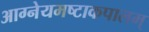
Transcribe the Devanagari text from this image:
आग्नेयमष्टाकपालम्